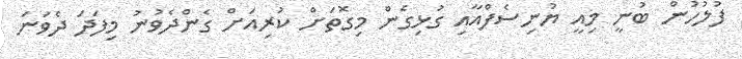
ފުލުހުން ބުނީ މިއީ ޔުނިސެފްއާއި ގުޅިގެން މިގޮތަށް ކުރިއަށް ގެންދެވުނު މިފަދަ ދެވަނަ